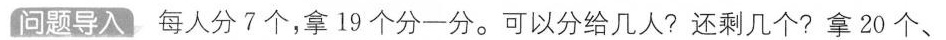
问题导入 每人分7个，拿19个分一分。可以分给几人?还剩几个?拿20个、